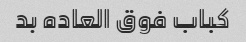
کباب فوق العاده بد